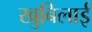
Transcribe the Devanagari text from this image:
खुबिलाई